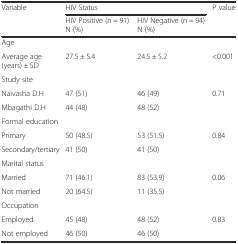
| <ROWSPAN=2> Variable | <COLSPAN=2> HIV Status | <ROWSPAN=2> P value |
 | HIV Positive (n = 91) N (%) | HIV Negative (n = 94) N (%) |
 | --- | --- | --- | --- |
 | <COLSPAN=4> Age |
 | Average age (years) ± SD | 27.5 ± 5.4 | 24.5 ± 5.2 | <0.001 |
 | <COLSPAN=4> Study site |
 | Naivasha D.H | 47 (51) | 46 (49) | 0.71 |
 | Mbagathi D.H | 44 (48) | 48 (52) |  |
 | <COLSPAN=4> Formal education |
 | Primary | 50 (48.5) | 53 (51.5) | 0.84 |
 | Secondary/tertiary | 41 (50) | 41 (50) |  |
 | <COLSPAN=4> Marital status |
 | Married | 71 (46.1) | 83 (53.9) | 0.06 |
 | Not married | 20 (64.5) | 11 (35.5) |  |
 | <COLSPAN=4> Occupation |
 | Employed | 45 (48) | 48 (52) | 0.83 |
 | Not employed | 46 (50) | 46 (50) |  |